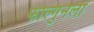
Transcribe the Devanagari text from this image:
फाल्गुनला